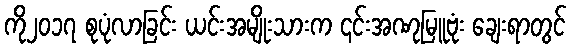
ကို၂၀၁၇ စုပုံလာခြင်း ယင်းအမျိုးသားက ၎င်းအဏုမြူဗုံး ချေးရာတွင်